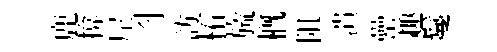
鹿揜𡰱习訪柘旒槪阻潰罍趣鬘